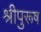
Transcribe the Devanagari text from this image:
श्रीपुरूष